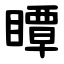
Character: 瞫